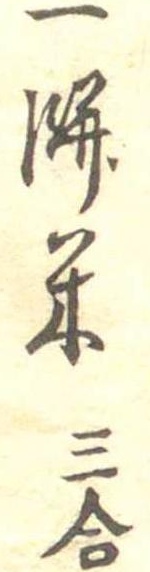
一餅米三合